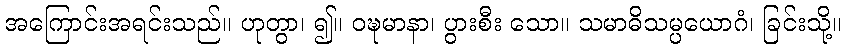
အကြောင်းအရင်းသည်။ ဟုတွာ၊ ၍။ ဝဍ္ဎမာနာ၊ ပွားစီး သော။ သမာဓိသမ္ပယောဂံ၊ ခြင်းသို့။